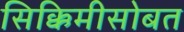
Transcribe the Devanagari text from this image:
सिक्किमीसोबत